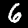
Digit: 6